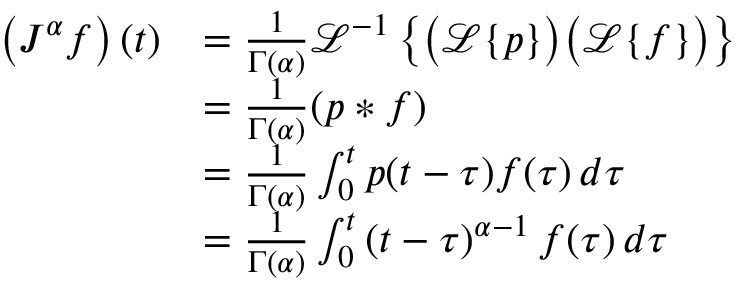
{ \begin{array} { r l } { \left( J ^ { \alpha } f \right) ( t ) } & { = { \frac { 1 } { \Gamma ( \alpha ) } } { \mathcal { L } } ^ { - 1 } \left\{ { \bigl ( } { \mathcal { L } } \{ p \} { \bigr ) } { \bigl ( } { \mathcal { L } } \{ f \} { \bigr ) } \right\} } \\ & { = { \frac { 1 } { \Gamma ( \alpha ) } } ( p * f ) } \\ & { = { \frac { 1 } { \Gamma ( \alpha ) } } \int _ { 0 } ^ { t } p ( t - \tau ) f ( \tau ) \, d \tau } \\ & { = { \frac { 1 } { \Gamma ( \alpha ) } } \int _ { 0 } ^ { t } \left( t - \tau \right) ^ { \alpha - 1 } f ( \tau ) \, d \tau } \end{array} }